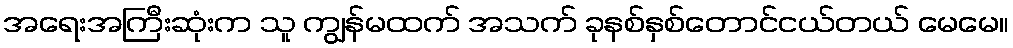
အရေးအကြီးဆုံးက သူ ကျွန်မထက် အသက် ခုနစ်နှစ်တောင်ငယ်တယ် မေမေ။